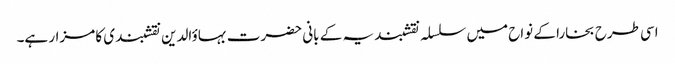
اسی طرح بخارا کے نواح میں سلسلہ نقشبندیہ کے بانی حضرت بہاؤالدین نقشبندی کا مزار ہے۔